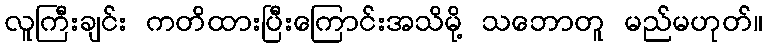
လူကြီးချင်း ကတိထားပြီးကြောင်းအသိမို့ သဘောတူ မည်မဟုတ်။